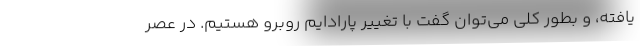
یافته، و بطور کلی می‌توان گفت با تغییر پارادایم روبرو هستیم. در عصر